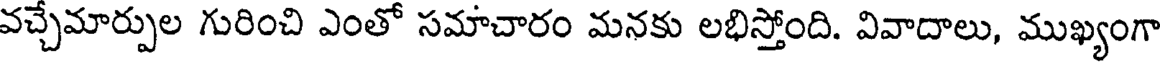
వచ్చేమార్పుల గురించి ఎంతో సమాచారం మనకు లభిస్తోంది. వివాదాలు, ముఖ్యంగా